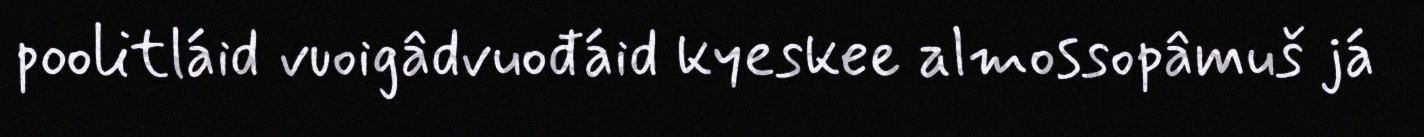
poolitláid vuoigâdvuođáid kyeskee almossopâmuš já